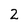
Character: 2